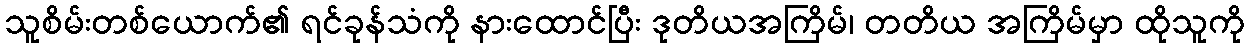
သူစိမ်းတစ်ယောက်၏ ရင်ခုန်သံကို နားထောင်ပြီး ဒုတိယအကြိမ်၊ တတိယ အကြိမ်မှာ ထိုသူကို